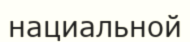
нациальной